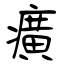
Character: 癀